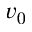
v _ { 0 }